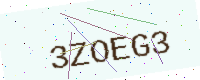
Text: 3ZOEG3